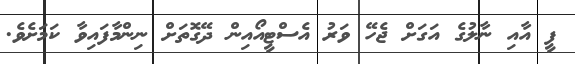
ފީ އާއި ނާލުގެ އަގަށް ޖެހޭ ވަރު އެސްޓީއޯއިން ދޭގޮތަށް ނިންމާފައިވާ ކަމަށެވެ.